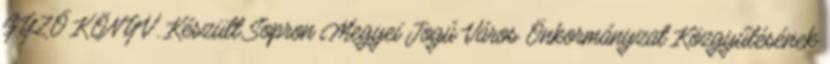
GYZŐ KÖNYV. Készült Sopron Megyei Jogú Város Önkormányzat Közgyűlésének